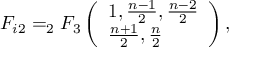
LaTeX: F _ { i 2 } = _ { 2 } F _ { 3 } \left( \begin{array} { l } { { 1 , \frac { n - 1 } { 2 } , \frac { n - 2 } { 2 } } } \\ { { \frac { n + 1 } { 2 } , \frac { n } { 2 } } } \end{array} \right) ,